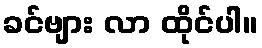
ခင်ဗျား လာ ထိုင်ပါ။